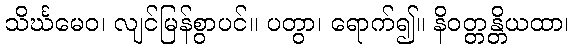
သိင်္ဃမေဝ၊ လျင်မြန်စွာပင်။ ပတွာ၊ ရောက်၍။ နိဝတ္တန္တိယထာ၊